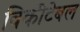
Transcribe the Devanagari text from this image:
विकीटेबल